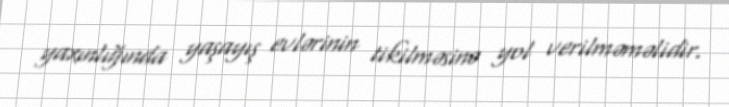
yaxınlığında yaşayış evlərinin tikilməsinə yol verilməməlidir.